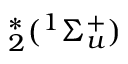
^ { * } _ { 2 } ( ^ { 1 } \Sigma _ { u } ^ { + } )